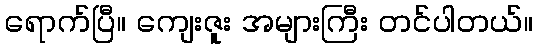
ရောက်ပြီ။ ကျေးဇူး အများကြီး တင်ပါတယ်။